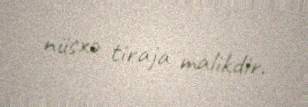
nüsxə tiraja malikdir.